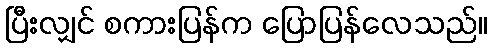
ပြီးလျှင် စကားပြန်က ပြောပြန်လေသည်။